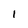
Character: 1